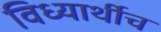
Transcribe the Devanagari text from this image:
विध्यार्थीच